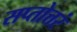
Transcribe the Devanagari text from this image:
सप्तोत्तरं